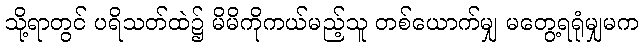
သို့ရာတွင် ပရိသတ်ထဲ၌ မိမိကိုကယ်မည့်သူ တစ်ယောက်မျှ မတွေ့ရရုံမျှမက